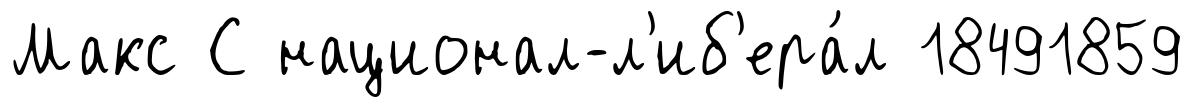
Макс С национал-л'иб'ера́л 18491859